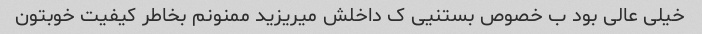
خیلی عالی بود ب خصوص بستنیی ک داخلش میریزید ممنونم بخاطر کیفیت خوبتون